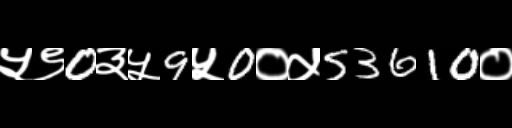
Text: ५९0३५9५0०५53610०